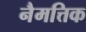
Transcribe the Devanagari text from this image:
नैमत्तिक